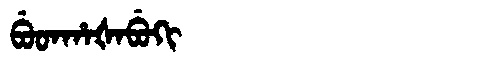
Manchu: ᠪᡠᡨᡥᠠᡧᠠᠪᡠᡴᡳ
Romanization: BUTHAŠABUKI